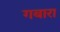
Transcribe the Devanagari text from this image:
गबारा